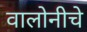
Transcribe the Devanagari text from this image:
वालोनीचे